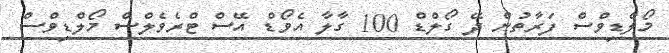
މޯލްޑިވްސް ފަރާތުން ދޭ ގޯލްޑް 100 ގާލާ އެވޯޑް އޭސް ޓްރެވެލްސް މޯލްޑިވްސް